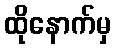
ထိုနောက်မှ